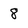
Character: 8